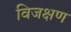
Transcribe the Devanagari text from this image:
विजक्षण